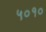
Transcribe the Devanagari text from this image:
५०१०